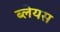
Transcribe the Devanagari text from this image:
ब्लेयस